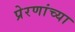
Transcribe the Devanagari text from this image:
प्रेरणांच्या